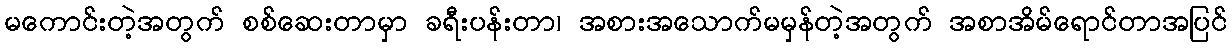
မကောင်းတဲ့အတွက် စစ်ဆေးတာမှာ ခရီးပန်းတာ၊ အစားအသောက်မမှန်တဲ့အတွက် အစာအိမ်ရောင်တာအပြင်